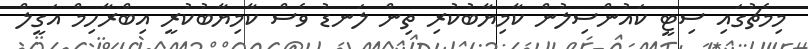
މިމެޗުގައި ސިޓީ ކައުންސިލުން ކާމިޔާބުކުރި ތިން ލަނޑު ވެސް ކާމިޔާބުކުރީ އިބްރާހިމް އަގީލް